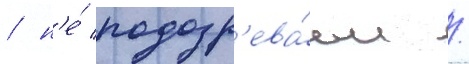
/ н'е́ подозр'ева́ем /